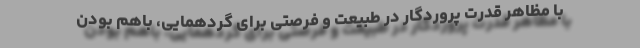
با مظاهر قدرت پروردگار در طبیعت و فرصتی برای گردهمایی، باهم‌ بودن